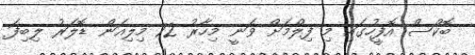
ބޮކްސް އޮފީހުގައި މި ފިލްމަށް ވަނީ މިހާރު 72 މިލިއަން ޑޮލަރު ލިބިފަ